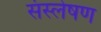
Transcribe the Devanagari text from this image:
संस्लेषण